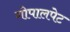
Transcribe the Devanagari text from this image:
गोपालपेट